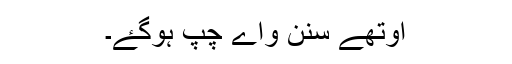
اوتھے سنن واے چپ ہوگۓ۔